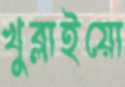
খুব্‌লাইয়ো